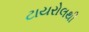
ટાયરોલથી